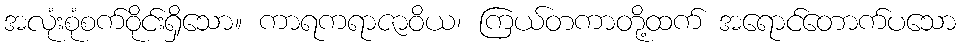
အလုံးစုံစက်ဝိုင်းရှိသော။ ကာရကရာဇာဝိယ၊ ကြယ်တကာတို့ထက် အရောင်တောက်ပသော